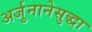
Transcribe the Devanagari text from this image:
अर्जुनानेसुद्धा